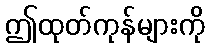
ဤထုတ်ကုန်များကို